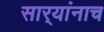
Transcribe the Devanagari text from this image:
सार्‍यांनाच